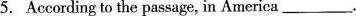
5. According to the passage, in America \underline.